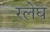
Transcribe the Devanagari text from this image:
रलेघ